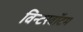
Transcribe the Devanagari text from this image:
विन्टरबॉटम